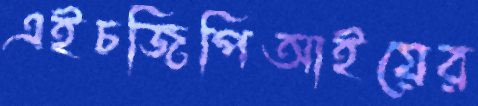
এইচজিপিআইয়ের